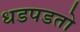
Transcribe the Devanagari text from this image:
धडपडतो